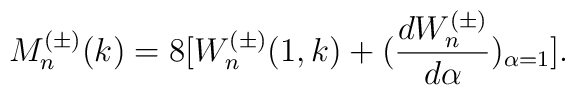
M^{(\pm)}_n(k)=8[W^{(\pm)}_n(1,k)+(\frac{dW^{(\pm)}_n}{d\alpha})_{\alpha=1}].